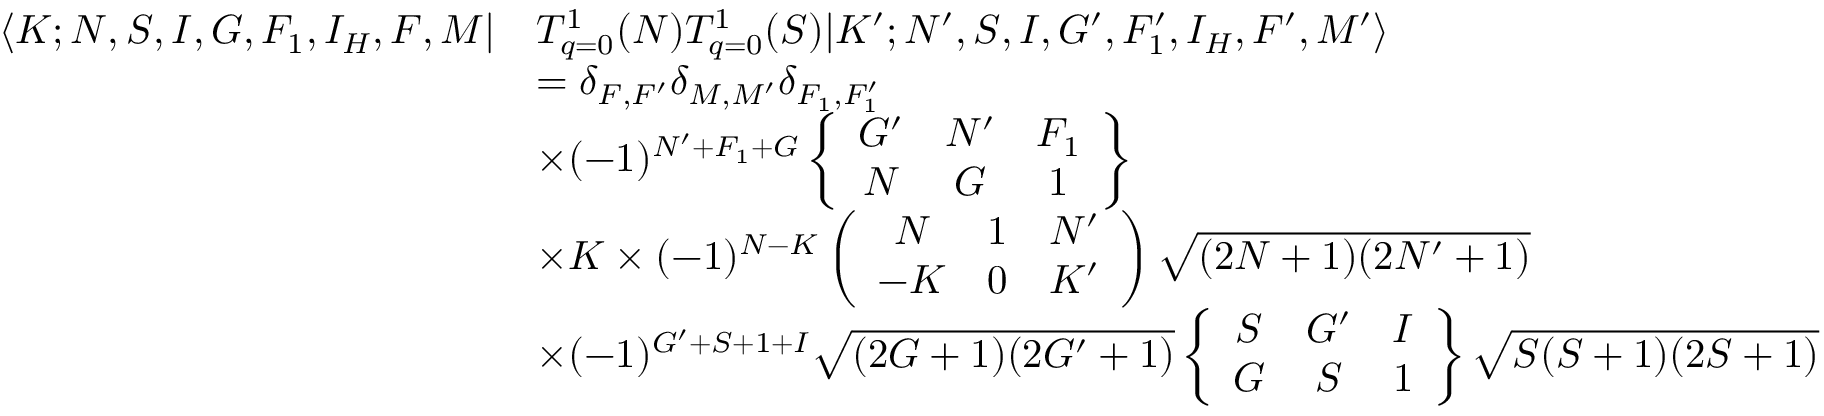
\begin{array} { r l } { \langle K ; N , S , I , G , F _ { 1 } , I _ { H } , F , M | } & { T _ { q = 0 } ^ { 1 } ( N ) T _ { q = 0 } ^ { 1 } ( S ) | K ^ { \prime } ; N ^ { \prime } , S , I , G ^ { \prime } , F _ { 1 } ^ { \prime } , I _ { H } , F ^ { \prime } , M ^ { \prime } \rangle } \\ & { = \delta _ { F , F ^ { \prime } } \delta _ { M , M ^ { \prime } } \delta _ { F _ { 1 } , F _ { 1 } ^ { \prime } } } \\ & { \times ( - 1 ) ^ { N ^ { \prime } + F _ { 1 } + G } \left\{ \begin{array} { c c c } { G ^ { \prime } } & { N ^ { \prime } } & { F _ { 1 } } \\ { N } & { G } & { 1 } \end{array} \right\} } \\ & { \times K \times ( - 1 ) ^ { N - K } \left( \begin{array} { c c c } { N } & { 1 } & { N ^ { \prime } } \\ { - K } & { 0 } & { K ^ { \prime } } \end{array} \right) \sqrt { ( 2 N + 1 ) ( 2 N ^ { \prime } + 1 ) } } \\ & { \times ( - 1 ) ^ { G ^ { \prime } + S + 1 + I } \sqrt { ( 2 G + 1 ) ( 2 G ^ { \prime } + 1 ) } \left\{ \begin{array} { c c c } { S } & { G ^ { \prime } } & { I } \\ { G } & { S } & { 1 } \end{array} \right\} \sqrt { S ( S + 1 ) ( 2 S + 1 ) } } \end{array}